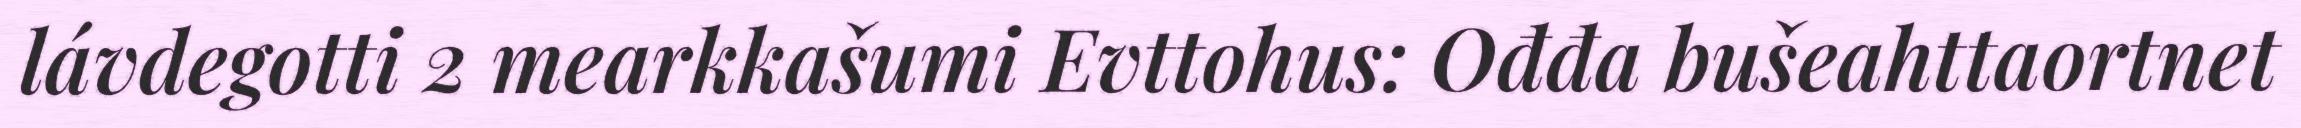
lávdegotti 2 mearkkašumi Evttohus: Ođđa bušeahttaortnet